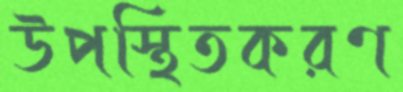
উপস্থিতকরণ